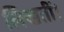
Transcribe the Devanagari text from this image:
लिखतीं।